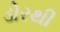
ડોરથી